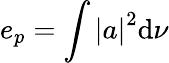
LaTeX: e_{p}=\int{\left|a\right|^{2}\mathrm{d}\nu}